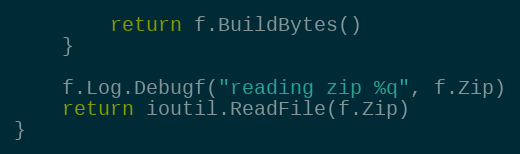
Language: Go
		return f.BuildBytes()
	}

	f.Log.Debugf("reading zip %q", f.Zip)
	return ioutil.ReadFile(f.Zip)
}